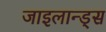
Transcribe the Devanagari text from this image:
जाइलान्ड्स